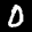
Label: 0